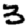
Digit: 3